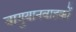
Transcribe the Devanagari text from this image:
वायुयानवाहकों